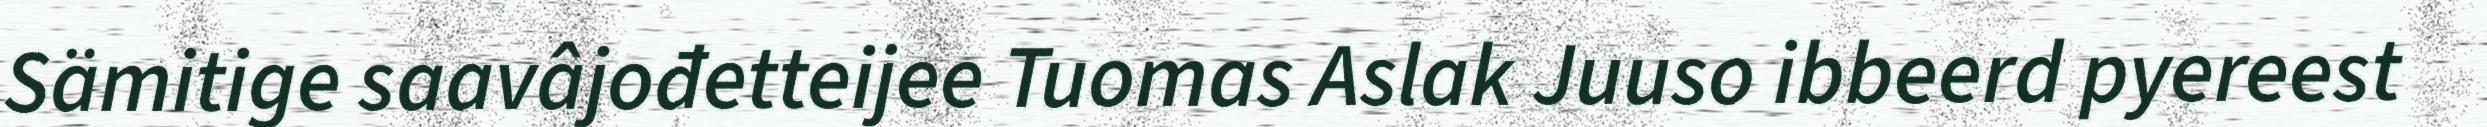
Sämitige saavâjođetteijee Tuomas Aslak Juuso ibbeerd pyereest